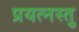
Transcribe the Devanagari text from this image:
प्रयत्नस्तु